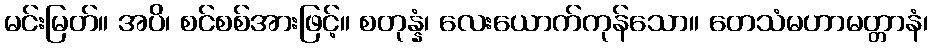
မင်းမြတ်။ အပိ၊ စင်စစ်အားဖြင့်။ စတုန္နံ၊ လေးယောက်ကုန်သော။ တေသံမဟာမတ္တာနံ၊